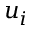
u _ { i }